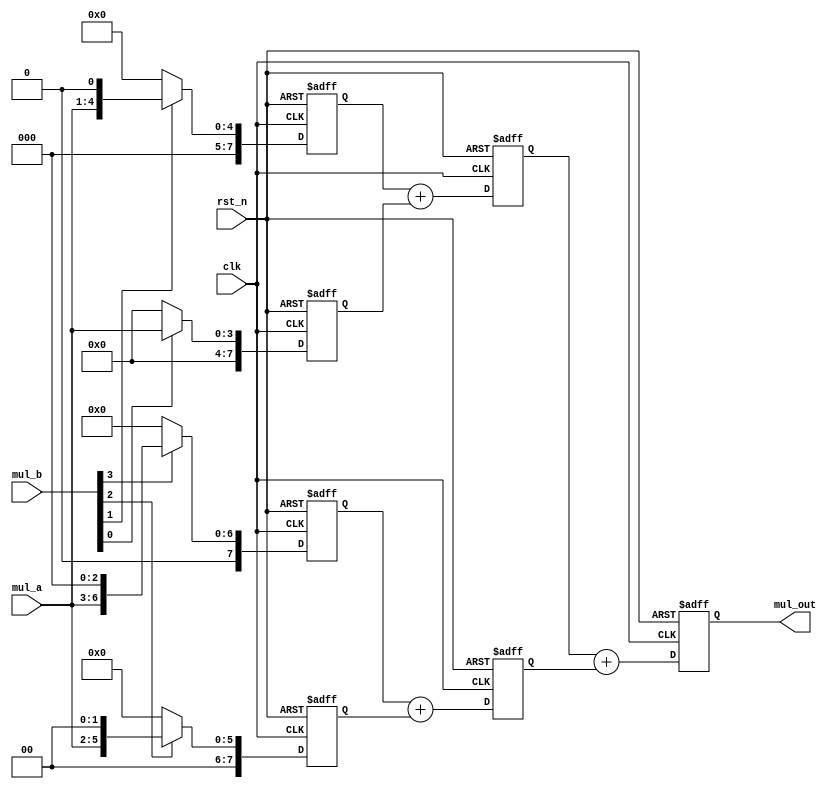
`timescale 1ns / 1ps
//////////////////////////////////////////////////////////////////////////////////
// Company: 
// Engineer: 
// 
// Design Name: 
// Module Name:    mul_addertree 
// Project Name: 
// Target Devices: 
// Tool versions: 
// Description: 
//
// Dependencies: 
//
// Revision: 
// Revision 0.01 - File Created
// Additional Comments: 
//
//////////////////////////////////////////////////////////////////////////////////
module mul_addtree(mul_a, mul_b, mul_out, clk, rst_n);
parameter MUL_WIDTH = 4;
parameter MUL_RESULT = 8;

input [MUL_WIDTH-1 : 0] mul_a;
input [MUL_WIDTH-1 : 0] mul_b;
input clk;
input rst_n;
output [MUL_RESULT-1 : 0] mul_out;
reg [MUL_RESULT-1 : 0] mul_out;
reg [MUL_RESULT-1 : 0] stored0;
reg [MUL_RESULT-1 : 0] stored1;
reg [MUL_RESULT-1 : 0] stored2;
reg [MUL_RESULT-1 : 0] stored3;
reg [MUL_RESULT-1 : 0] add01;
reg [MUL_RESULT-1 : 0] add23;

always @ (posedge clk or negedge rst_n)
begin
   if(!rst_n)
      begin  //
         mul_out <= 8'b0000_0000;
         stored0 <= 8'b0000_0000;
         stored1 <= 8'b0000_0000;
         stored2 <= 8'b0000_0000;
         stored3 <= 8'b0000_0000;
         add01 <= 8'b0000_0000;
         add23 <= 8'b0000_0000;
      end
   else
      begin  //
         stored3 <= mul_b[3]?{1'b0,mul_a,3'b0}: 8'b0;
         stored2 <= mul_b[2]?{2'b0,mul_a,2'b0}: 8'b0;
         stored1 <= mul_b[1]?{3'b0,mul_a,1'b0}: 8'b0;
         stored0 <= mul_b[0]?{4'b0,mul_a}: 8'b0;
         add01 <= stored1 + stored0;
         add23 <= stored3 + stored2;
         mul_out <= add01 + add23;
      end
end

endmodule